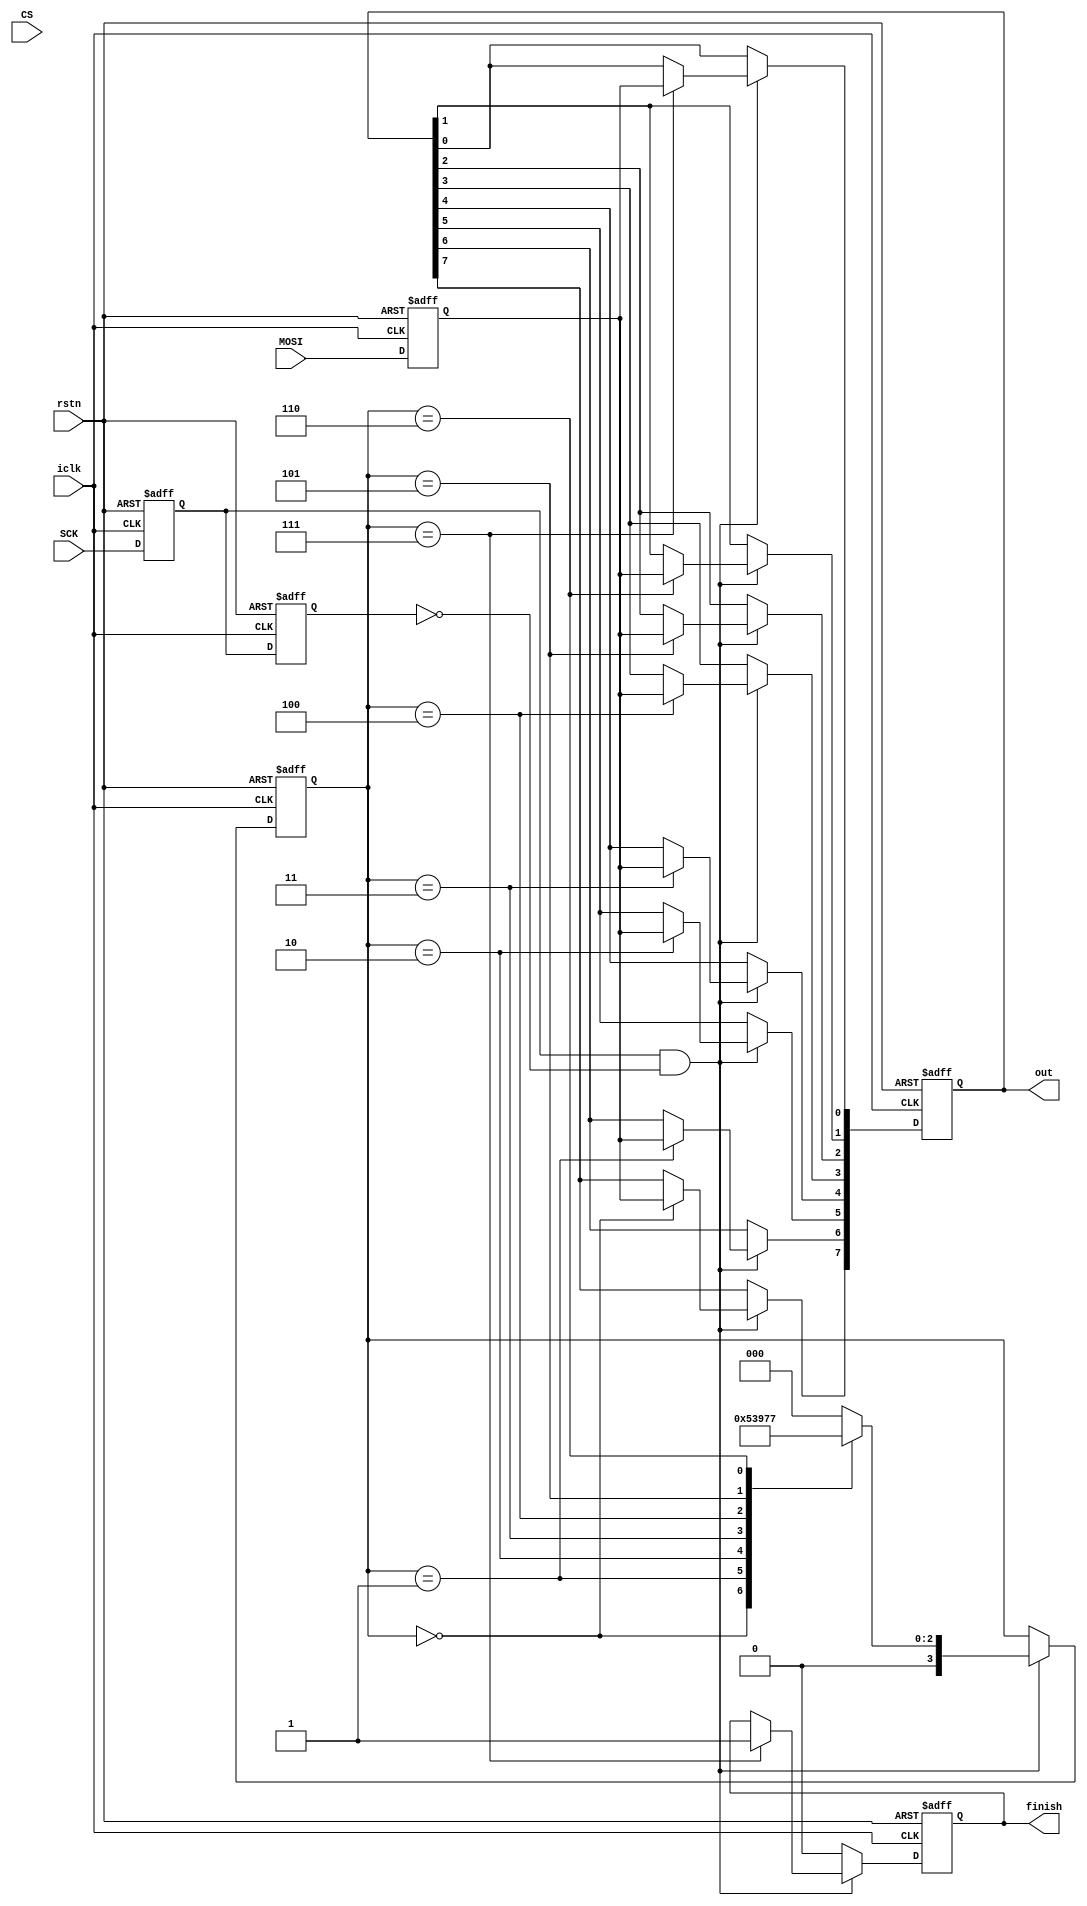
//MOSI 
module SPI_S2M(
        input iclk,
        input rstn,

        input CS,
        input SCK,
        input MOSI,

        output finish,
        output [7:0] out
    );

    localparam D7 = 4'd0;
    localparam D6 = 4'd1;
    localparam D5 = 4'd2;
    localparam D4 = 4'd3;
    localparam D3 = 4'd4;
    localparam D2 = 4'd5;
    localparam D1 = 4'd6;
    localparam D0 = 4'd7;
    
    reg rfinish;
    reg [7:0] rec = 8'd0;
    reg [3:0] state = 4'd0;

    assign out = rec;
    assign finish = rfinish;
    
    reg  gate;
    reg  gate_buf;
    reg  mosi_buf;
    wire gate_pose = gate & ~gate_buf;
    always@(posedge iclk or negedge rstn) begin
        if(!rstn) begin
            gate <= 0;
            gate_buf <= 0;
            mosi_buf <= 0;
        end
        else begin
            gate <= SCK;
            gate_buf <= gate;
            mosi_buf <= MOSI;
        end
    end

    always @(posedge iclk or negedge rstn) begin
        if(!rstn) begin
            rec <= 0;
            state <= 0;
            rfinish <= 0;
        end
        else begin
            if (gate_pose) begin
                case(state)
                    D7: begin
                        rec[7] <= mosi_buf;
                        state<= D6;
                    end
                    D6: begin
                        rec[6] <= mosi_buf;
                        state<= D5;
                    end
                    D5: begin
                        rec[5] <= mosi_buf;
                        state<= D4;
                    end
                    D4: begin
                        rec[4] <= mosi_buf;
                        state<= D3;
                    end
                    D3: begin
                        rec[3] <= mosi_buf;
                        state<= D2;
                    end
                    D2: begin
                        rec[2] <= mosi_buf;
                        state<= D1;
                    end
                    D1: begin
                        rec[1] <= mosi_buf;
                        state<= D0;
                    end
                    D0: begin
                        rec[0] <= mosi_buf;
                        state<= D7;
                        rfinish <= 1'b1;
                    end
                    default: begin
                        state<= D7;
                    end
                endcase
            end
            else begin
                rfinish <= 1'b0;
            end
        end
    end

endmodule